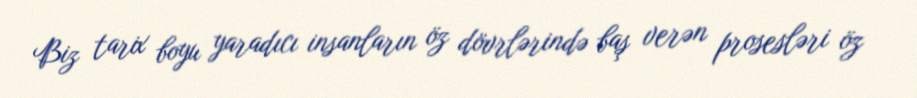
Biz tarix boyu yaradıcı insanların öz dövrlərində baş verən prosesləri öz